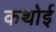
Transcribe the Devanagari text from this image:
कथोई